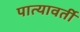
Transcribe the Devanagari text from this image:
पात्यावर्ती